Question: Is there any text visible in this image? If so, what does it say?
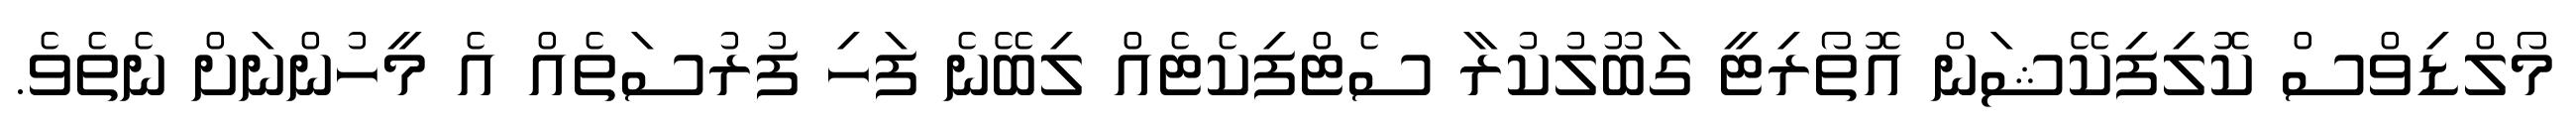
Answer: މޯލްޑިވްސް ކޮލިފިކޭޝަން އޮތޯރިޓީ ގަބޫލުކުރާ ސެޓްފިކެޓެއް ލިބޭނެ ފަހި ފުރުސަތެއް އެ މީހުންނަށް ނެތެވެ.